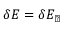
\delta E = \delta E _ { \perp }